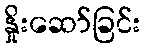
နှိုးဆော်ခြင်း